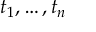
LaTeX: t _ { 1 } , \dots , t _ { n }